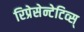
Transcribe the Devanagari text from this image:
रिप्रेसेन्टेटिव्स्